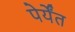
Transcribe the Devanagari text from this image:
पेर्येंत